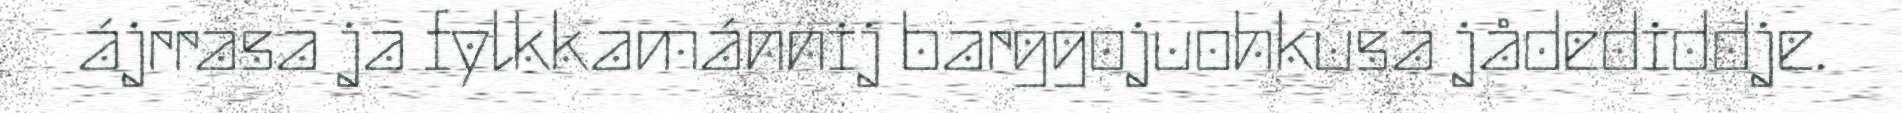
ájrrasa ja fylkkamánnij barggojuohkusa jådediddje.